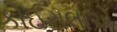
કોઈરાલાએ